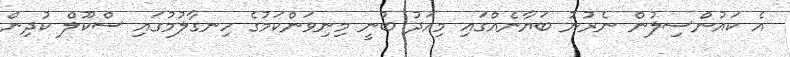
އެ ކައުންސިލުން ނެރުނު ބަޔާނެއްގައި މިއަދު ބުނީ މިނިވަންކަމުގެ ހިނގާލުމުގައި ސްކޫލް ކުދިން